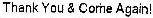
THANK YOU & COME AGAIN!